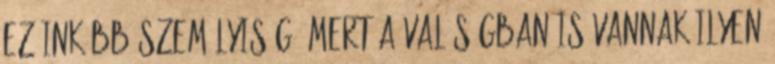
Ez inkább személyiség, mert a valóságban is vannak ilyen